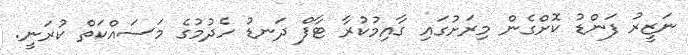
ނަޒީރު ފަންޑު ކޮށްގެން މިރަށުގައި ގާއިމުކުރާ ޓާފް ދަނޑު ހެދުމުގެ މަސައްކަތް ކުރަނީ.